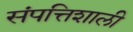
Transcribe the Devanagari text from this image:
संपत्तिशाली